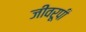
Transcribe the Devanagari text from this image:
जीवरूपी